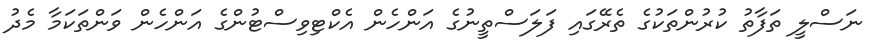
ނަސްލީ ތަފާތު ކުރުންތަކުގެ ތެރޭގައި ފަލަސްތީނުގެ އަންހެން އެކްޓިވިސްޓުންގެ އަންހެން ވަންތަކަމާ މެދު